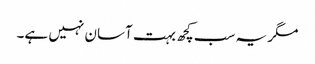
مگر یہ سب کچھ بہت آسان نہیں ہے۔